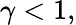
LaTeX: \gamma<1,